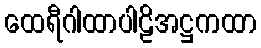
ထေရီဂါထာပါဠိအဋ္ဌကထာ